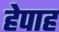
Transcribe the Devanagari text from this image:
हेपाह